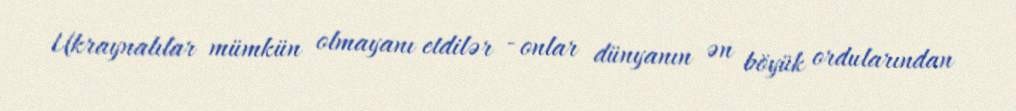
Ukraynalılar mümkün olmayanı etdilər - onlar dünyanın ən böyük ordularından